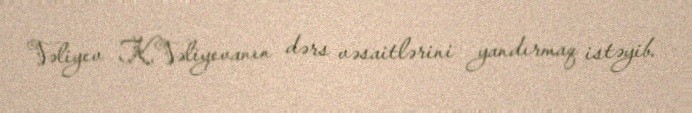
Vəliyev K.Vəliyevanın dərs vəsaitlərini yandırmaq istəyib.